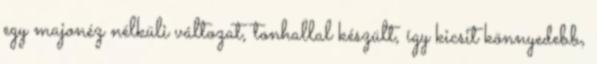
egy majonéz nélküli változat, tonhallal készült, így kicsit könnyedebb,